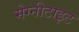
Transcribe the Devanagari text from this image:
मेग्नीटाइट